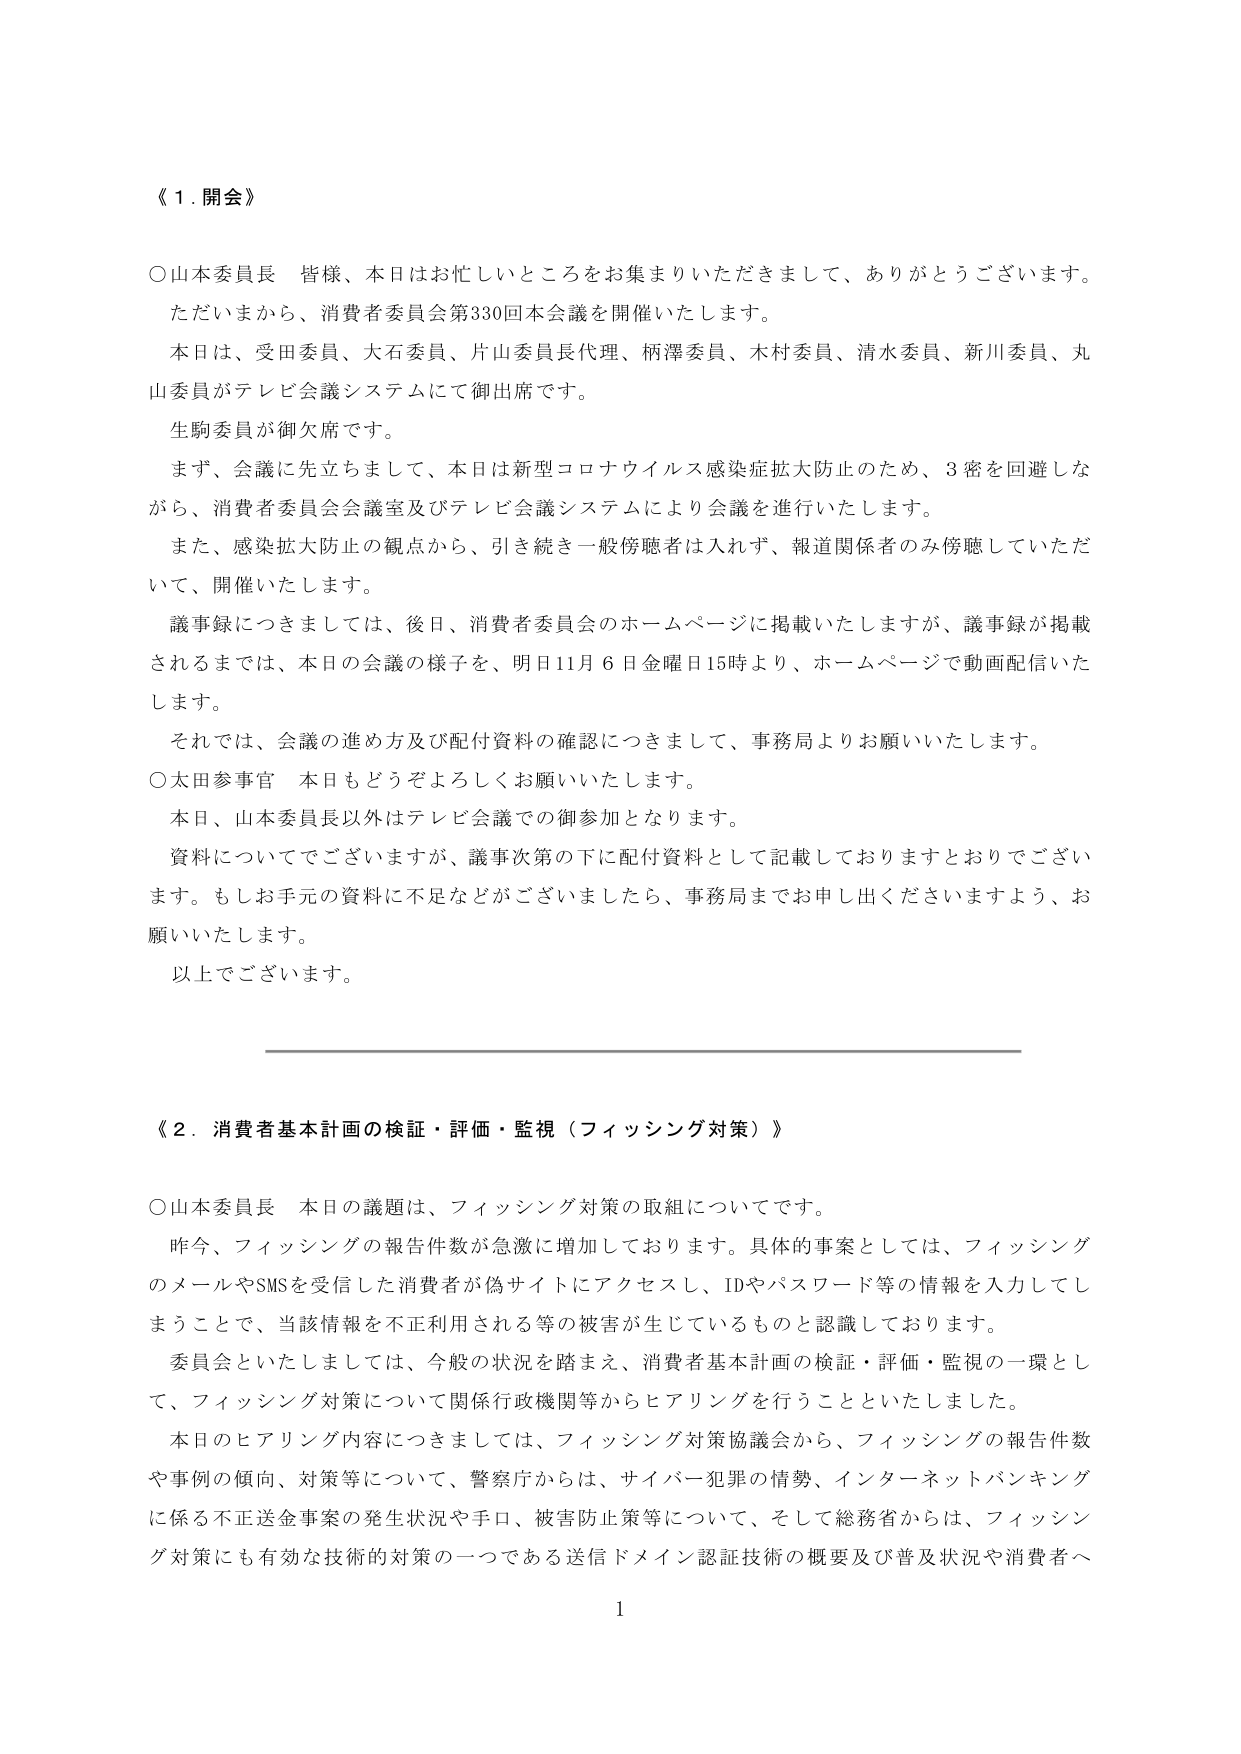
《１．開会》

○山本委員長　皆様、本日はお忙しいところをお集まりいただきまして、ありがとうございます。ただいまから、消費者委員会第330回本会議を開催いたします。

本日は、受田委員、大石委員、片山委員長代理、柄澤委員、木村委員、清水委員、新川委員、丸山委員がテレビ会議システムにて御出席です。

生駒委員が御欠席です。

まず、会議に先立ちまして、本日は新型コロナウイルス感染症拡大防止のため、3密を回避しながら、消費者委員会会議室及びテレビ会議システムにより会議を進行いたします。

また、感染拡大防止の観点から、引き続き一般傍聴者は入れず、報道関係者のみ傍聴していただいて、開催いたします。

議事録につきましては、後日、消費者委員会のホームページに掲載いたしますが、議事録が掲載されるまでは、本日の会議の様子を、明日11月6日金曜日15時より、ホームページで動画配信いたします。

それでは、会議の進め方及び配付資料の確認につきまして、事務局よりお願いいたします。

○太田参事官　本日もどうぞよろしくお願いいたします。

本日、山本委員長以外はテレビ会議での御参加となります。

資料についてでございますが、議事次第の下に配付資料として記載しておりますとおりでございます。もしお手元の資料に不足などがございましたら、事務局までお申し出くださいますよう、お願いいたします。

以上でございます。

《２．消費者基本計画の検証・評価・監視（フィッシング対策）》

○山本委員長　本日の議題は、フィッシング対策の取組についてです。

昨今、フィッシングの報告件数が急激に増加しております。具体的事案としては、フィッシングのメールやSMSを受信した消費者が偽サイトにアクセスし、IDやパスワード等の情報を入力してしまうことで、当該情報を不正利用される等の被害が生じているものと認識しております。

委員会といたしましては、今般の状況を踏まえ、消費者基本計画の検証・評価・監視の一環として、フィッシング対策について関係行政機関等からヒアリングを行うことといたしました。

本日のヒアリング内容につきましては、フィッシング対策協議会から、フィッシングの報告件数や事例の傾向、対策等について、警察庁からは、サイバー犯罪の情勢、インターネットバンキングに係る不正送金事案の発生状況や手口、被害防止策等について、そして総務省からは、フィッシング対策にも有効な技術的対策の一つである送信ドメイン認証技術の概要及び普及状況や消費者へ

1